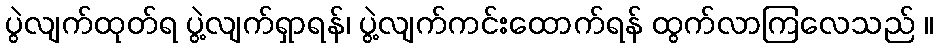
ပွဲလျက်ထုတ်ရ ပွဲ့လျက်ရှာရန်၊ ပွဲ့လျက်ကင်းထောက်ရန် ထွက်လာကြလေသည် ။